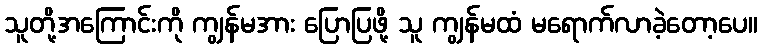
သူတို့အကြောင်းကို ကျွန်မအား ပြောပြဖို့ သူ ကျွန်မထံ မရောက်လာခဲ့တော့ပေ။